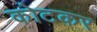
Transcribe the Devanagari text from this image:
कोटकर